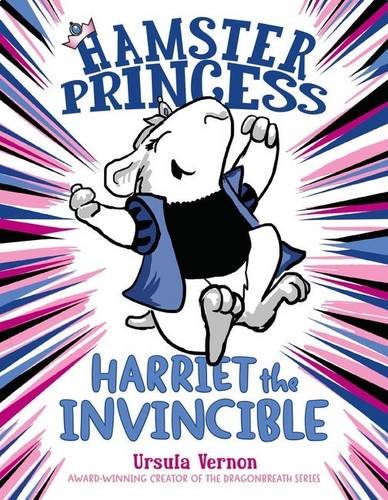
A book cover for Hamster Princess: Harriet the Invincible; Ursula Vernon; Children's Books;